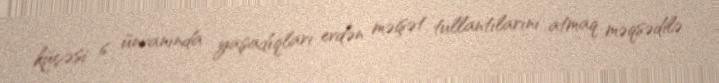
küçəsi 6 ünvanında yaşadıqları evdən məişət tullantılarını atmaq məqsədilə